Leprosy in India: report of the Leprosy Commission in India, 1890-91
Year: 1890
Disease focus: Leprosy
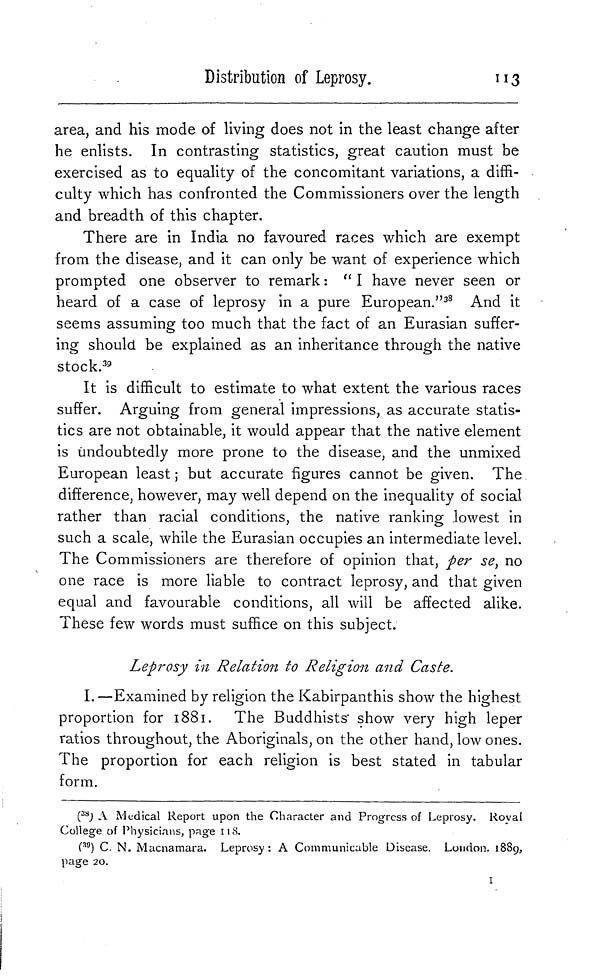
Distribution of Leprosy.
113
area, and his mode of living does not in the least change after
he enlists. In contrasting statistics, great caution must be
exercised as to equality of the concomitant variations, a diffi-
culty which has confronted the Commissioners over the length
and breadth of this chapter.
There are in India no favoured races which are exempt
from the disease, and it can only be want of experience which
prompted one observer to remark : " I have never seen or
heard of a case of leprosy in a pure European." 38 And it
seems assuming too much that the fact of an Eurasian suffer-
ing should be explained as an inheritance through the native
stock. 39
It is difficult to estimate to what extent the various races
suffer. Arguing from general impressions, as accurate statis-
tics are not obtainable, it would appear that the native element
is undoubtedly more prone to the disease, and the unmixed
European least ; but accurate figures cannot be given. The
difference, however, may well depend on the inequality of social
rather than racial conditions, the native ranking lowest in
such a scale, while the Eurasian occupies an intermediate level.
The Commissioners are therefore of opinion that, per se, no
one race is more liable to contract leprosy, and that given
equal and favourable conditions, all will be affected alike.
These few words must suffice on this subject.
Leprosy in Relation to Religion and Caste.
I.—Examined by religion the Kabirpanthis show the highest
proportion for 1881. The Buddhists" show very high leper
ratios throughout, the Aboriginals, on the other hand, low ones.
The proportion for each religion is best stated in tabular
form.
( 38 ) A Medical Report upon the Character and Progress of Leprosy. Royal
College of Physicians, page 118..
( 39 ) C. N. Macnamara. Leprosy : A Communicable Disease. London. 1889.
page 20.